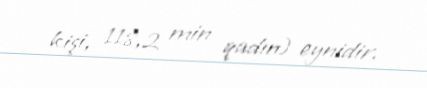
kişi, 118,2 min qadın) eynidir.